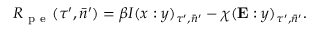
R _ { \mathrm { ~ p ~ e ~ } } ( \tau ^ { \prime } , \bar { n } ^ { \prime } ) = \beta I ( x : y ) _ { \tau ^ { \prime } , \bar { n } ^ { \prime } } - \chi ( \mathbf { E } : y ) _ { \tau ^ { \prime } , \bar { n } ^ { \prime } } .